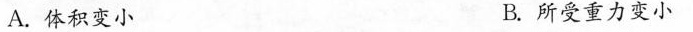
A.体积变小 B.所受重力变小